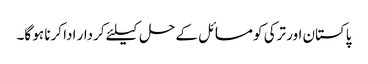
پاکستان اور ترکی کو مسائل کے حل کیلئے کردار ادا کرنا ہو گا۔